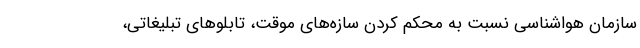
سازمان هواشناسی نسبت به محکم کردن سازه‌های موقت، تابلوهای تبلیغاتی،